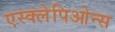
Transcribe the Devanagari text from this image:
एस्क्लेपिओन्स